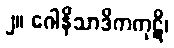
၂။ ဂေါနိသာဒိကကုဋိ၊